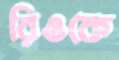
রিওকে